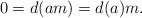
\begin{align*}0 = d(am) = d(a)m.\end{align*}